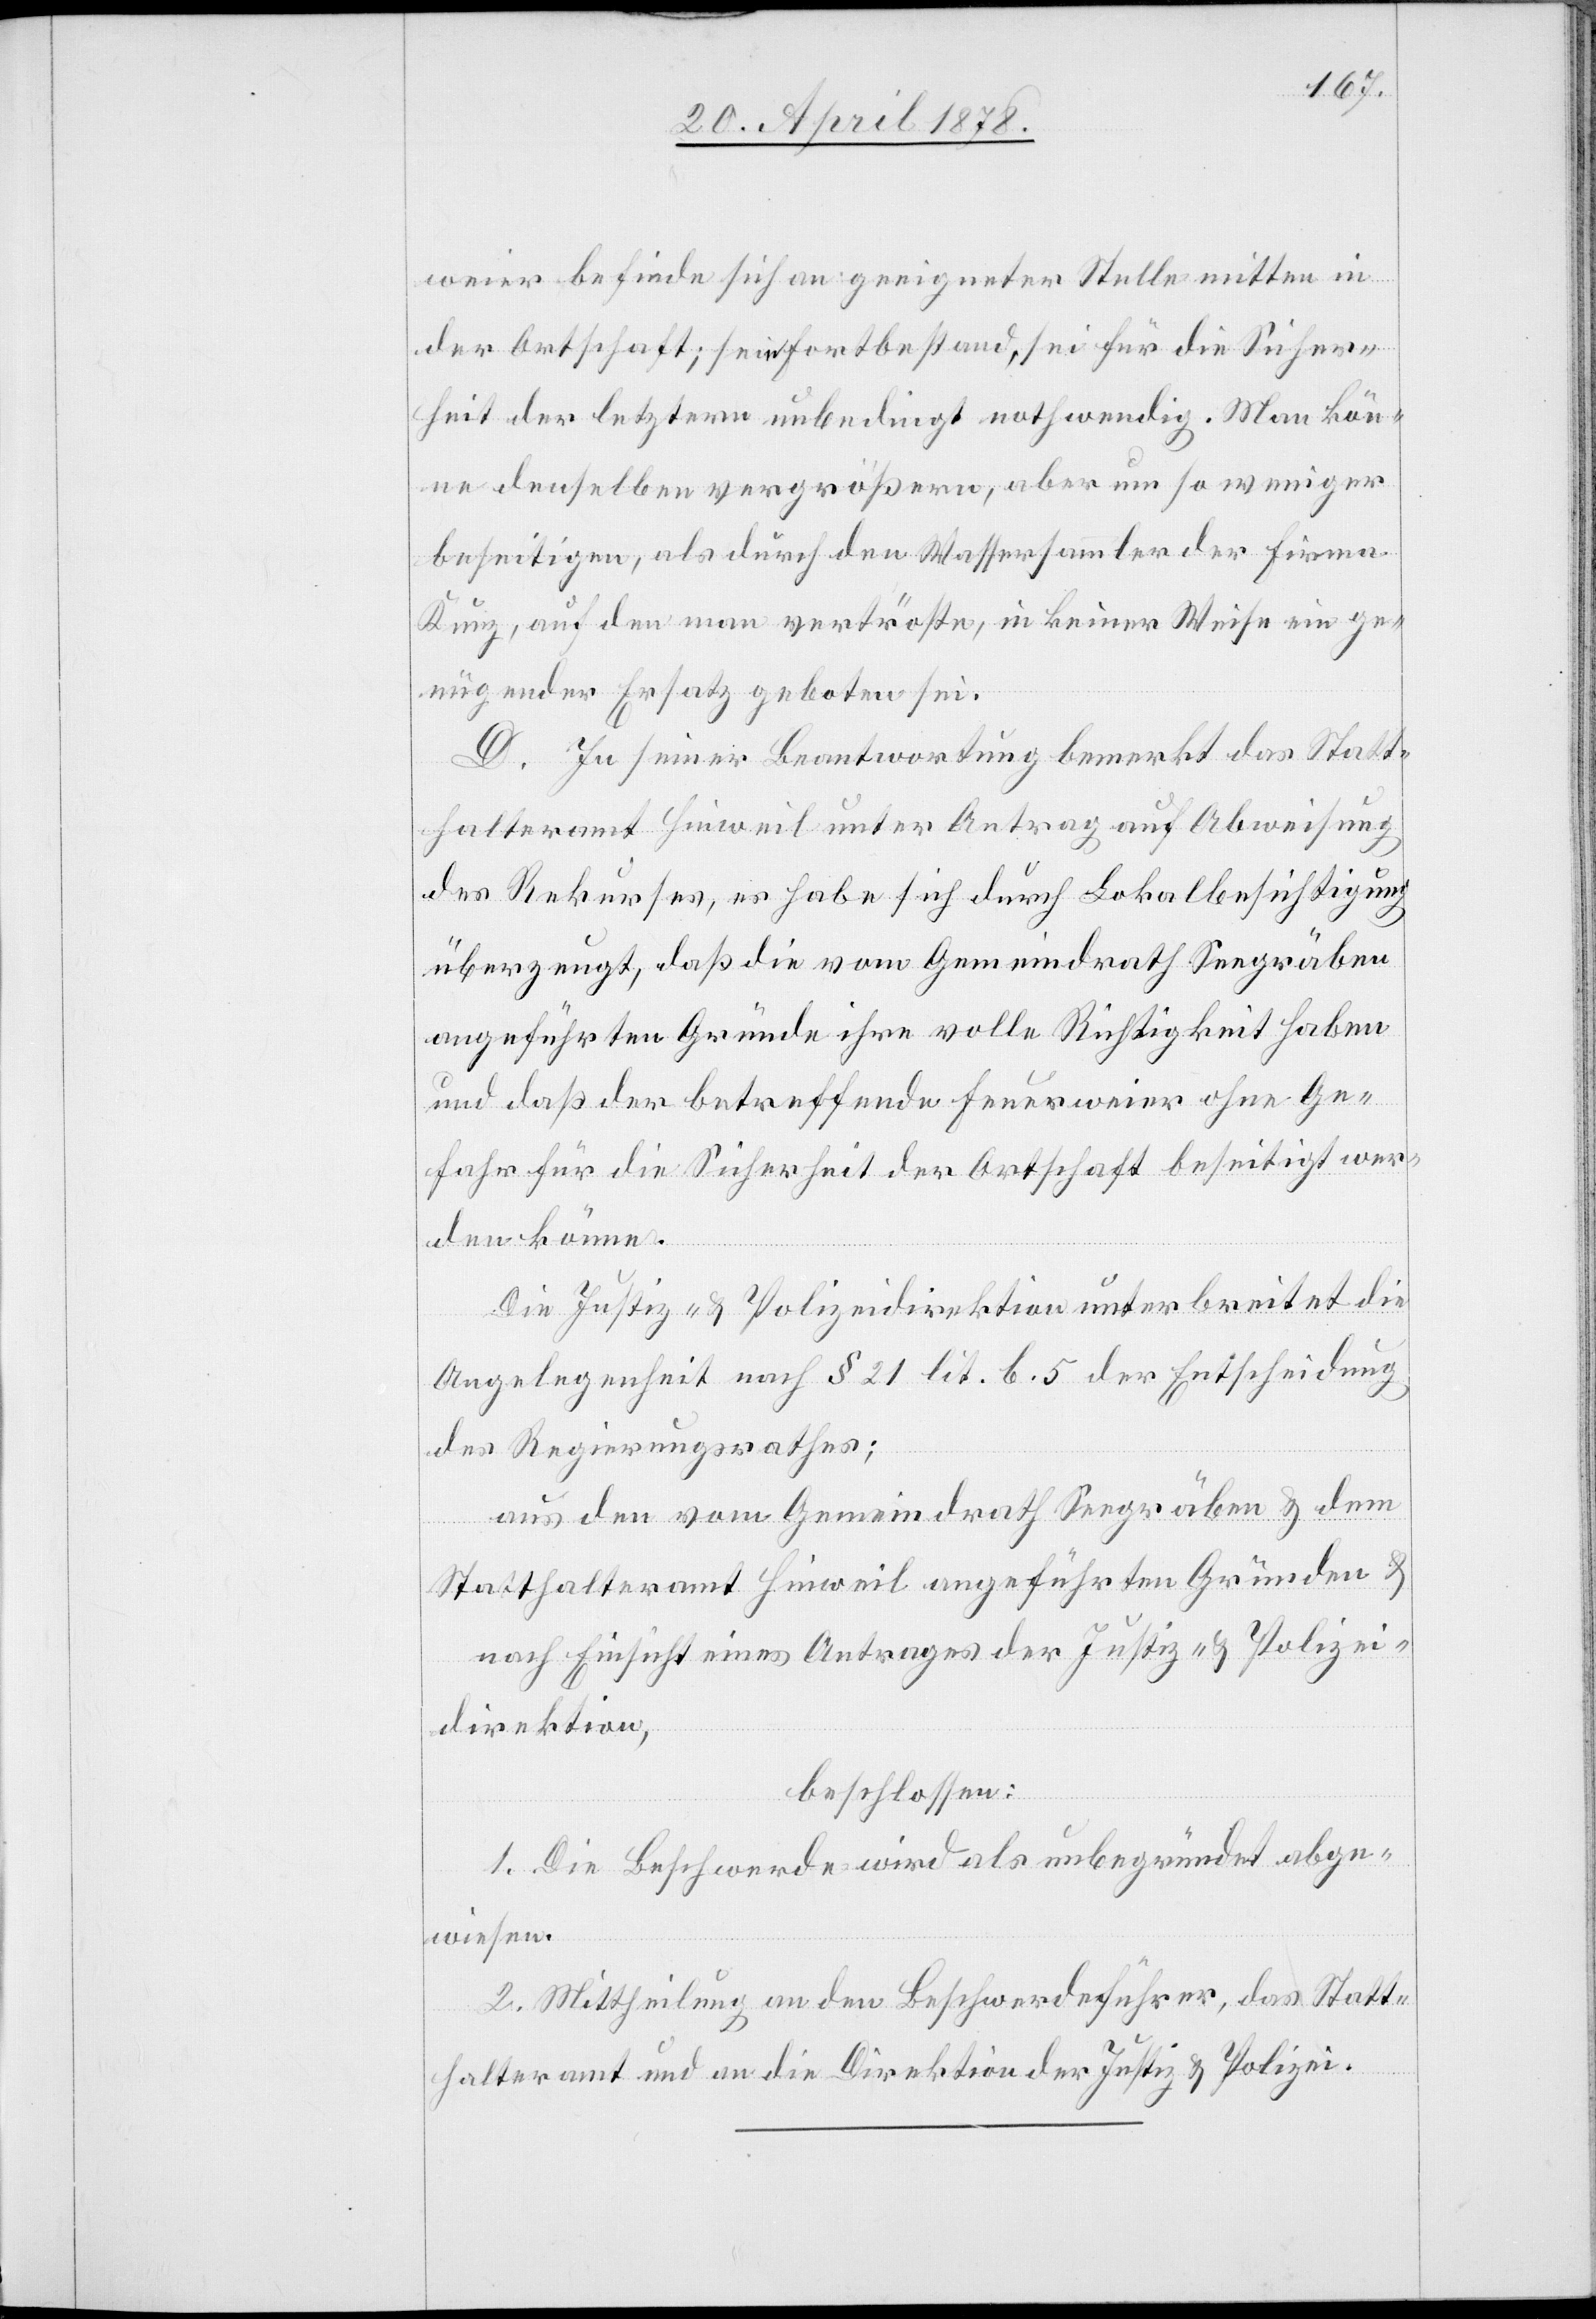
weier befinde sich an geeigneter Stelle mitten in
der Ortschaft; sein Fortbestand sei für die Sicher¬
heit der letztern unbedingt nothwendig. Man kön¬
ne denselben vergrößern, aber um so weniger
beseitigen, als durch den Wassersammler der Firma
Kunz, auf den man vertröste, in keiner Weise ein ge¬
nügender Ersatz geboten sei.
D. In seiner Beantwortung bemerkt das Statt¬
halteramt Hinweil unter Antrag auf Abweisung
des Rekurses, es habe sich durch Lokalbesichtigung
überzeugt, daß die vom Gemeindrath Seegräben
angeführten Gründe ihre volle Richtigkeit haben
und daß der betreffende Feuerweier ohne Ge¬
fahr für die Sicherheit der Ortschaft beseitigt wer¬
den könne.
Die Justiz- & Polizeidirektion unterbreitet die
Angelegenheit nach § 21 lit. b. 5 der Entscheidung
des Regierungsrathes;
aus den vom Gemeindrath Seegräben & dem
Statthalteramt Hinweil angeführten Gründen &
nach Einsicht eines Antrages der Justiz- & Polizei¬
direktion,
beschlossen:
1. Die Beschwerde wird als unbegründet abge¬
wiesen.
2. Mittheilung an den Beschwerdeführer, das Statt¬
halteramt und an die Direktion der Justiz & Polizei.